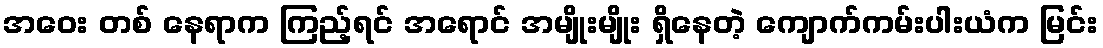
အဝေး တစ် နေရာက ကြည့်ရင် အရောင် အမျိုးမျိုး ရှိနေတဲ့ ကျောက်ကမ်းပါးယံက မြင်း